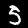
Label: 5